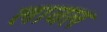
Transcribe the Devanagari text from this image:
लावल